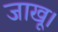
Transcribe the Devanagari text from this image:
जाखू।